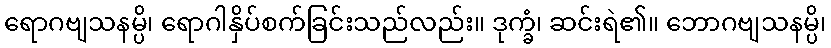
ရောဂဗျသနမ္ပိ၊ ရောဂါနှိပ်စက်ခြင်းသည်လည်း။ ဒုက္ခံ၊ ဆင်းရဲ၏။ ဘောဂဗျသနမ္ပိ၊